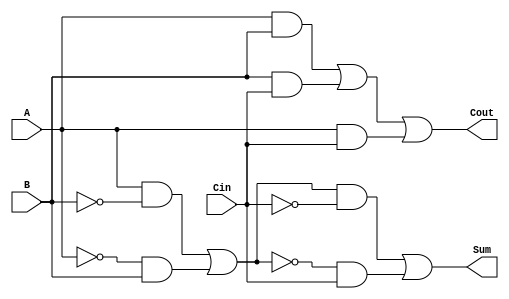
module TransmissionGateFullAdder (
    input wire A,      // First input bit
    input wire B,      // Second input bit
    input wire Cin,    // Carry-in bit
    output wire Sum,   // Sum output
    output wire Cout   // Carry-out output
);

// Intermediate signals for Sum calculation
wire AB_xor, A_xor_B_xor_Cin;

// Compute A XOR B using transmission gates
assign AB_xor = (A & ~B & 1'b1) | (~A & B & 1'b1); // A XOR B

// Compute (A XOR B) XOR Cin for Sum
assign A_xor_B_xor_Cin = (AB_xor & ~Cin & 1'b1) | (~AB_xor & Cin & 1'b1); // (A XOR B) XOR Cin

// Assign Sum output
assign Sum = A_xor_B_xor_Cin;

// Intermediate signals for Carry-out calculation
wire AB_and, BC_and, AC_and;

// Compute A AND B using transmission gates
assign AB_and = A & B; // A AND B

// Compute B AND Cin using transmission gates
assign BC_and = B & Cin; // B AND Cin

// Compute A AND Cin using transmission gates
assign AC_and = A & Cin; // A AND Cin

// Compute Cout using OR operation on the intermediate products
assign Cout = AB_and | BC_and | AC_and; // Cout = (A AND B) OR (B AND Cin) OR (A AND Cin)

endmodule